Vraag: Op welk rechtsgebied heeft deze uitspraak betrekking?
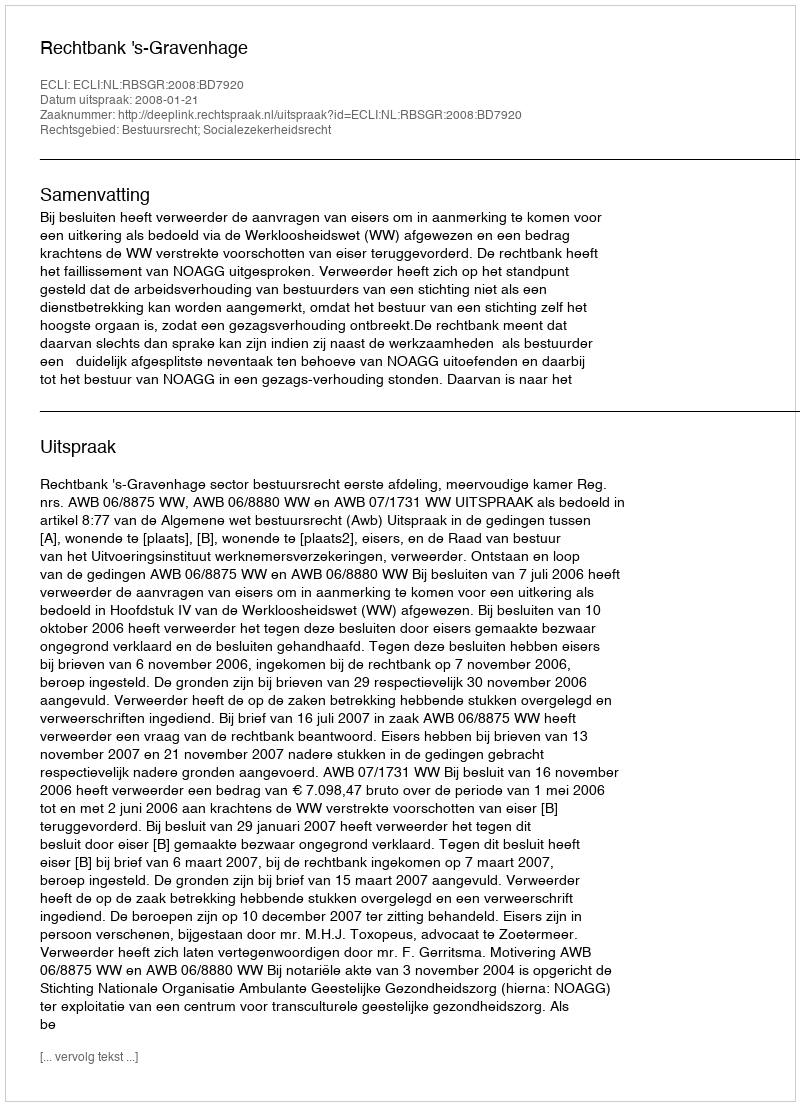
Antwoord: Bestuursrecht; Socialezekerheidsrecht